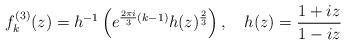
LaTeX: \begin{align*}f^{(3)}_k(z)=h^{-1}\left(e^{\frac{2\pi i}{3}(k-1)}h(z)^{\frac{2}{3}}\right), \quad h(z)=\frac{1+iz}{1-iz}\end{align*}